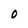
Character: O